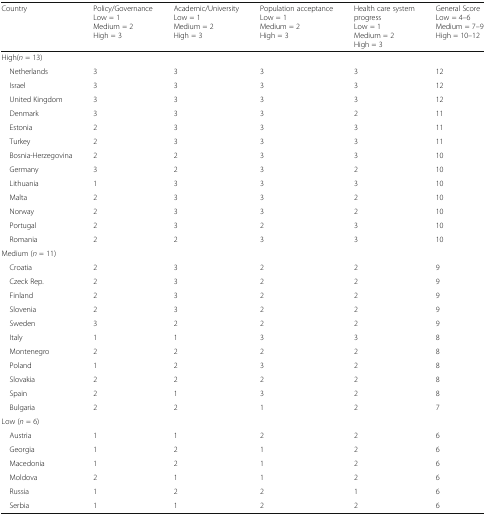
| Country | Policy/GovernanceLow = 1Medium = 2High = 3 | Academic/UniversityLow = 1Medium = 2High = 3 | Population acceptanceLow = 1Medium = 2High = 3 | Health care systemprogressLow = 1Medium = 2High = 3 | General ScoreLow = 4–6Medium = 7–9High = 10–12 |
 | --- | --- | --- | --- | --- | --- |
 | <COLSPAN=6> High(n = 13) |
 | Netherlands | 3 | 3 | 3 | 3 | 12 |
 | Israel | 3 | 3 | 3 | 3 | 12 |
 | United Kingdom | 3 | 3 | 3 | 3 | 12 |
 | Denmark | 3 | 3 | 3 | 2 | 11 |
 | Estonia | 2 | 3 | 3 | 3 | 11 |
 | Turkey | 2 | 3 | 3 | 3 | 11 |
 | Bosnia-Herzegovina | 2 | 2 | 3 | 3 | 10 |
 | Germany | 3 | 2 | 3 | 2 | 10 |
 | Lithuania | 1 | 3 | 3 | 3 | 10 |
 | Malta | 2 | 3 | 3 | 2 | 10 |
 | Norway | 2 | 3 | 3 | 2 | 10 |
 | Portugal | 2 | 3 | 2 | 3 | 10 |
 | Romania | 2 | 2 | 3 | 3 | 10 |
 | <COLSPAN=6> Medium (n = 11) |
 | Croatia | 2 | 3 | 2 | 2 | 9 |
 | Czeck Rep. | 2 | 3 | 2 | 2 | 9 |
 | Finland | 2 | 3 | 2 | 2 | 9 |
 | Slovenia | 2 | 3 | 2 | 2 | 9 |
 | Sweden | 3 | 2 | 2 | 2 | 9 |
 | Italy | 1 | 1 | 3 | 3 | 8 |
 | Montenegro | 2 | 2 | 2 | 2 | 8 |
 | Poland | 1 | 2 | 3 | 2 | 8 |
 | Slovakia | 2 | 2 | 2 | 2 | 8 |
 | Spain | 2 | 1 | 3 | 2 | 8 |
 | Bulgaria | 2 | 2 | 1 | 2 | 7 |
 | <COLSPAN=6> Low (n = 6) |
 | Austria | 1 | 1 | 2 | 2 | 6 |
 | Georgia | 1 | 2 | 1 | 2 | 6 |
 | Macedonia | 1 | 2 | 1 | 2 | 6 |
 | Moldova | 2 | 1 | 1 | 2 | 6 |
 | Russia | 1 | 2 | 2 | 1 | 6 |
 | Serbia | 1 | 1 | 2 | 2 | 6 |